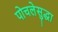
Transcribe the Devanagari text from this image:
पोचलेसुद्धा